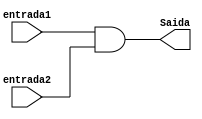
module portaAnd2(entrada1,entrada2,Saida);


input wire entrada1,entrada2;
output wire Saida;


assign Saida = entrada1 & entrada2;


endmodule